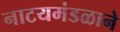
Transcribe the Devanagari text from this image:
नाटयमंडळाने